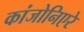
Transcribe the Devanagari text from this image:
कांजोनिएरे